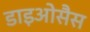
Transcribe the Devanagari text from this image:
डाइओसैस